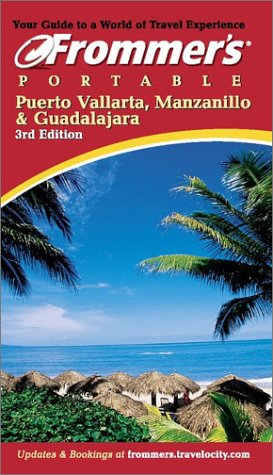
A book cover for Frommer's Portable Puerto Vallarta, Manzanillo & Guadalajara; David Baird; Travel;